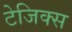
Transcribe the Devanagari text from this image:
टेजिक्स